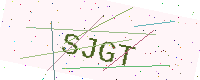
Text: SJGT